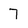
Character: 7